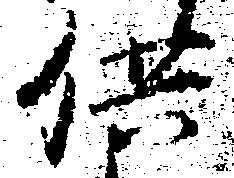
供